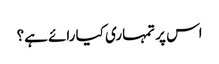
اس پر تمہاری کیا رائے ہے؟